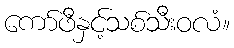
ကော်ဖီနှင့်သစ်သီးဝလံ။